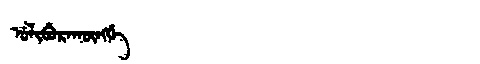
Manchu: ᡠᠯᡳᠪᡠᡵᠠᡴᡡᠩᡤᡝ
Romanization: ULIBURAKŪNGGE